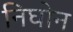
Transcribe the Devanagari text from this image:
निघोन